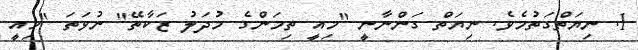
1. ނިޔަތްގަތުމެވެ. ނިޔަތް ގަންނާނީ "މިއީ ތިމަންގެ މުދަލު ޒަކާތޭ" ނުވަތަ "މިއީ